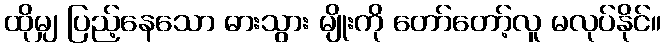
ထိုမျှ ပြည့်နေသော ဓားသွား မျိုးကို တော်တော့်လူ မလုပ်နိုင်။